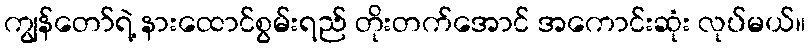
ကျွန်တော်ရဲ့ နားထောင်စွမ်းရည် တိုးတက်အောင် အကောင်းဆုံး လုပ်မယ်။